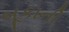
બૂકાની